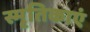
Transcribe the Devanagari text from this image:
स्मृतिकाएं